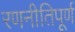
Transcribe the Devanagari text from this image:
रणनीतिपूर्ण